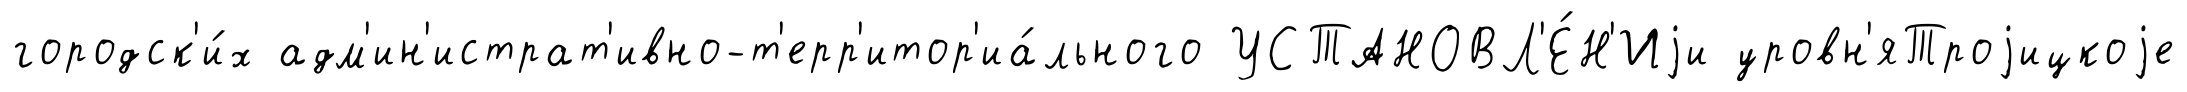
городск'и́х адм'ин'истрат'ивно-т'ерр'итор'иа́льного УСТАНОВЛ'Е́Н'Иjи уровн'яТроjицкоjе